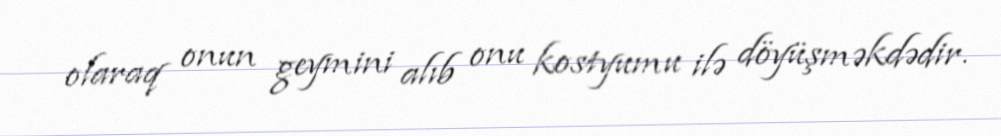
olaraq onun geymini alıb onu kostyumu ilə döyüşməkdədir.